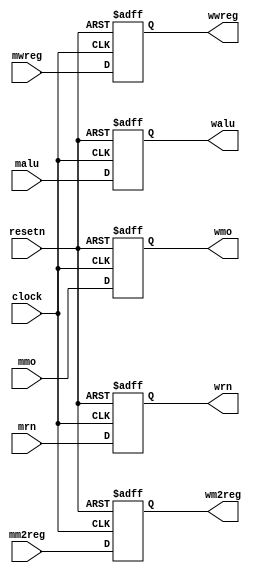
module pipemwreg (mwreg,mm2reg,mmo,malu,mrn,clock,resetn, wwreg,wm2reg,wmo,walu,wrn);	// MEM/WB 
	
    //MEM/WBMEMWB 
    // clock MEMWBMEM/WB 
    //WB 

    input clock, resetn;
    input  mwreg, mm2reg;
    input [31:0] malu, mmo;
    input [4:0]  mrn; 

    output wwreg, wm2reg;
    output [31:0] walu, wmo;
    output [4:0] wrn;
    
	 reg 		wwreg, wm2reg;
	 reg [31:0] walu, wmo;
	 reg [4:0] 	wrn;
	 
    always @ (negedge resetn or posedge clock)
        if (resetn == 0) 
            begin
                walu       <= 32'b0;
                wmo        <= 32'b0;
                wrn        <=  4'b0;
                wwreg      <=  1'b0;
                wm2reg     <=  1'b0;
                wwreg      <=  1'b0;
            end 
        else
            begin 
                walu       <= malu;
                wmo        <= mmo;
                wrn        <= mrn;
                wwreg      <= mwreg;
                wm2reg     <= mm2reg;
                wwreg      <= mwreg;
            end
endmodule